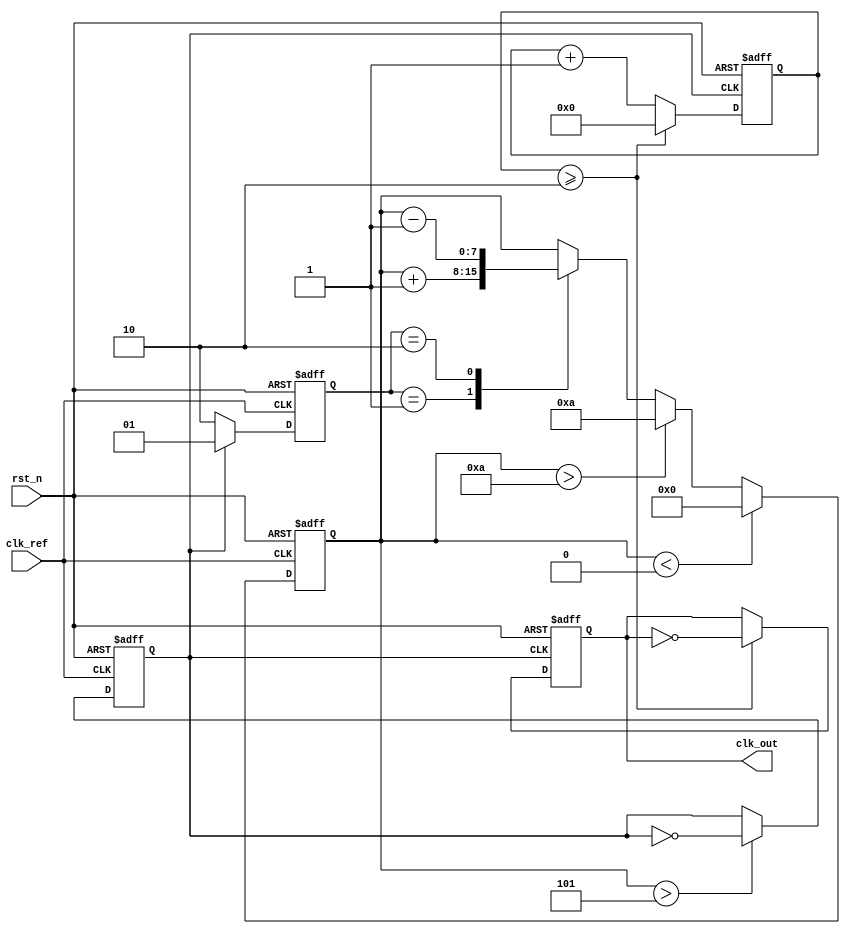
module low_jitter_pll (
    input wire clk_ref,          // Reference clock input
    input wire rst_n,           // Active low reset
    output reg clk_out          // Output clock
);

// Parameters
parameter PHASE_DETECTOR_DELAY = 5; // Delay in Phase Detector
parameter VCO_TUNING_RANGE = 10; // Control voltage range for VCO
parameter DIV_FACTOR = 4; // Divider factor for output frequency

// Internal signals
reg [1:0] phase_err;            // Phase error signal from PD
reg [7:0] ctrl_voltage;          // Control voltage for VCO
reg vco_out;                     // VCO output clock
reg [31:0] counter;              // Counter for frequency divider

// Phase Detector (PD)
always @(posedge clk_ref or negedge rst_n) begin
    if (!rst_n)
        phase_err <= 2'b00;
    else begin
        // Simple phase detection logic (assuming 1 cycle resolution)
        if (vco_out) phase_err <= 2'b01;  // VCO leads
        else phase_err <= 2'b10;           // VCO lags
    end
end

// Loop Filter (LF)
always @(posedge clk_ref or negedge rst_n) begin
    if (!rst_n)
        ctrl_voltage <= 8'b00000000;
    else begin
        // Basic loop filter operation: Integrate phase error
        case (phase_err)
            2'b01: ctrl_voltage <= ctrl_voltage + 1; // Increase control voltage
            2'b10: ctrl_voltage <= ctrl_voltage - 1; // Decrease control voltage
            default: ctrl_voltage <= ctrl_voltage;    // Hold
        endcase
        // Clamp control voltage within VCO tuning range
        if (ctrl_voltage > VCO_TUNING_RANGE) 
            ctrl_voltage <= VCO_TUNING_RANGE;
        if (ctrl_voltage < 8'b00000000) 
            ctrl_voltage <= 8'b00000000;
    end
end

// Voltage-Controlled Oscillator (VCO)
always @(posedge clk_ref or negedge rst_n) begin
    if (!rst_n)
        vco_out <= 1'b0;
    else begin
        // Simple VCO model: toggle based on control voltage
        vco_out <= (ctrl_voltage > (VCO_TUNING_RANGE/2)) ? ~vco_out : vco_out;
    end
end

// Frequency Divider
always @(posedge vco_out or negedge rst_n) begin
    if (!rst_n) begin
        clk_out <= 1'b0;
        counter <= 0;
    end else begin
        // Count up to the divide factor
        counter <= counter + 1;
        if (counter >= DIV_FACTOR/2) begin
            clk_out <= ~clk_out;
            counter <= 0;
        end
    end
end

endmodule